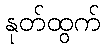
နုတ်ထွက်